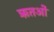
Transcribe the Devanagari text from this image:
ऋतओं